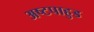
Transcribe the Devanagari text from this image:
अष्टपाहुड